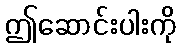
ဤဆောင်းပါးကို